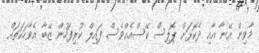
މާވިން އޭނާ އާއި ދެކޮޅަށް ޕޮލިސް ކޭސްއެއްވެސް ފައިލް ކުރިފަހުން ޒޭބާ އެވާހަކަތައް